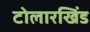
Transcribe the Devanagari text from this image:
टोलारखिंड